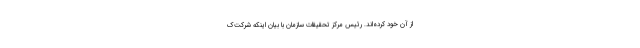
از آن خود کرده‌اند. رئیس مرکز تحقیقات سازمان با بیان اینکه شرکت‌ک